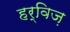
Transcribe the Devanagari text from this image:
हर्विज़